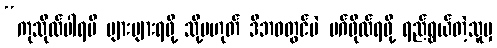
“ကုသိုလ်ပါရမီ များများရဖို့ သို့မဟုတ် ဒီဘဝတွင်ပဲ မဂ်ဖိုလ်ရဖို့ ရည်ရွယ်တဲ့သူမှ